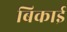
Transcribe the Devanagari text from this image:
बिकाई